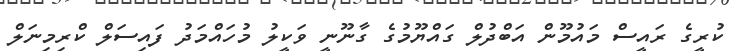
ކުރީގެ ރައީސް މައުމޫން އަބްދުލް ގައްޔޫމުގެ ގާނޫނީ ވަކީލު މުހައްމަދު ފައިސަލް ކްރިމިނަލް